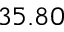
3 5 . 8 0